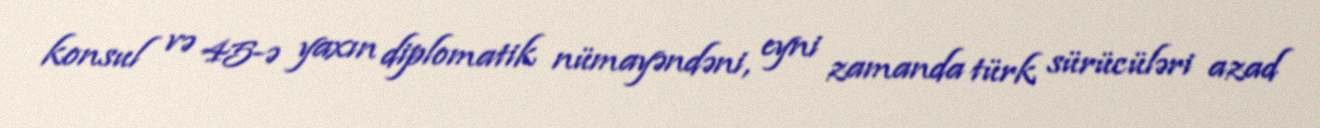
konsul və 45-ə yaxın diplomatik nümayəndəni, eyni zamanda türk sürücüləri azad